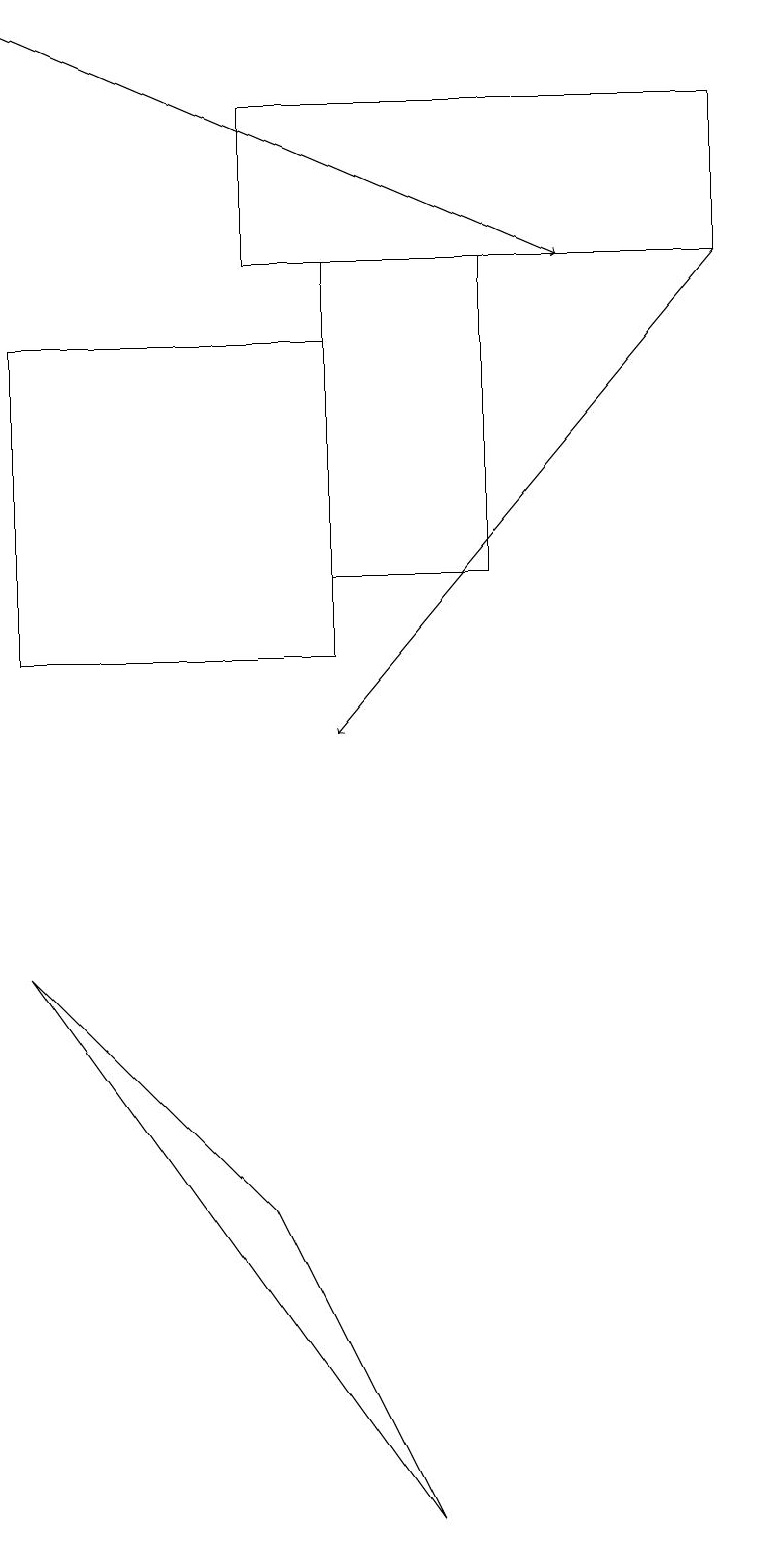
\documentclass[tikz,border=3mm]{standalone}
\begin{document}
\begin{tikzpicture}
\draw (3,4) -- (5,0) -- (0,7) -- cycle;
\draw (4,16) rectangle (6,12);
\draw[->] (9,16) -- (4,10);
\draw (4,11) rectangle (0,15);
\draw[->] (0,19) -- (7,16);
\draw (9,16) rectangle (3,18);
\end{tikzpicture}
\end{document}